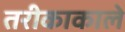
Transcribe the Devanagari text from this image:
तरीकाकाले